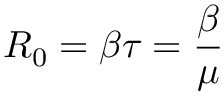
R _ { 0 } = \beta \tau = { \frac { \beta } { \mu } }